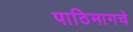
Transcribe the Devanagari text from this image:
पाठिमागचे